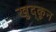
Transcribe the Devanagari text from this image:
खुद्कून